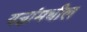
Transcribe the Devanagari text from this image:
यज्ञांमधील